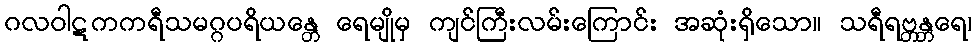
ဂလဝါဋကကရီသမဂ္ဂပရိယန္တေ ရေမျိုမှ ကျင်ကြီးလမ်းကြောင်း အဆုံးရှိသော။ သရီရဗ္တန္တရေ၊